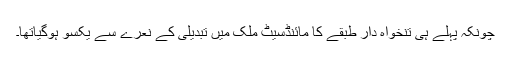
چونکہ پہلے ہی تنخواہ دار طبقے کا مائنڈسیٹ مُلک میں تبدیلی کے نعرے سے یکسو ہوگیاتھا۔